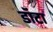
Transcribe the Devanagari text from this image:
डॉटा